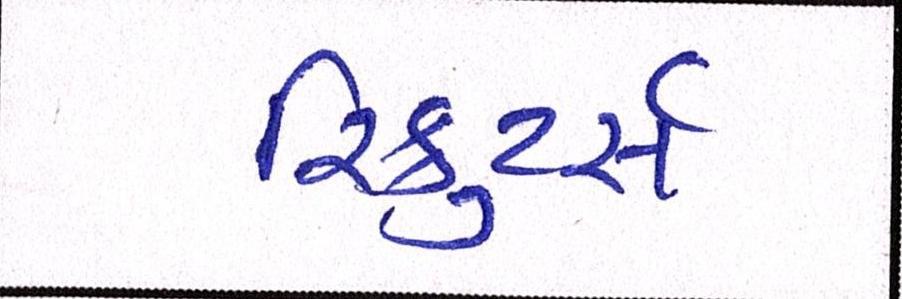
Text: રિક્રુટર્સે